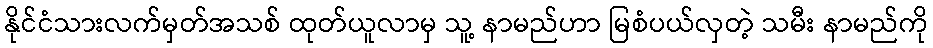
နိုင်ငံသားလက်မှတ်အသစ် ထုတ်ယူလာမှ သူ့ နာမည်ဟာ မြစံပယ်လှတဲ့ သမီး နာမည်ကို